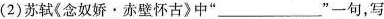
(2)苏轼《念奴娇·赤壁怀古》中”___”-一句，写